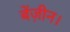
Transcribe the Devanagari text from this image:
बेंज़ीन।